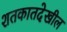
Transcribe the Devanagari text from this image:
शतकातदेखील